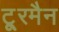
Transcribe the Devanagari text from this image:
टू्रमैन